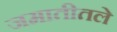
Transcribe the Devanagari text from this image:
जमातीतले